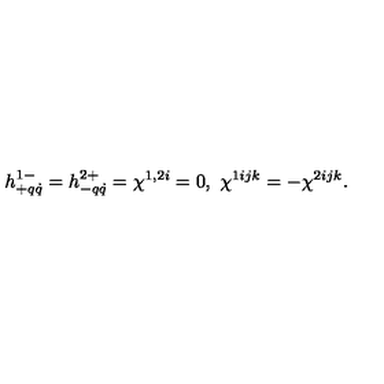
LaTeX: h _ { + q \dot { q } } ^ { 1 - } = h _ { - q \dot { q } } ^ { 2 + } = \chi ^ { 1 , 2 i } = 0 , \ \chi ^ { 1 i j k } = - \chi ^ { 2 i j k } .